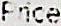
PRICE